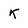
Character: K